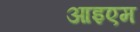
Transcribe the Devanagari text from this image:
आइएम